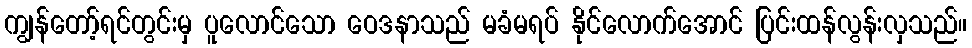
ကျွန်တော့်ရင်တွင်းမှ ပူလောင်သော ဝေဒနာသည် မခံမရပ် နိုင်လောက်အောင် ပြင်းထန်လွန်းလှသည်။